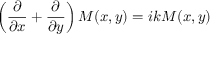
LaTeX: \left( \frac { \partial } { \partial x } + \frac { \partial } { \partial y } \right) M ( x , y ) = i k M ( x , y )